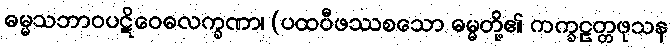
ဓမ္မသဘာဝပဋိဝေဓလက္ခဏာ၊ (ပထဝီဖဿစသော ဓမ္မတို့၏ ကက္ခဠတ္တဖုသန